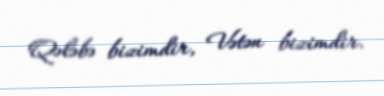
Qələbə bizimdir, Vətən bizimdir.